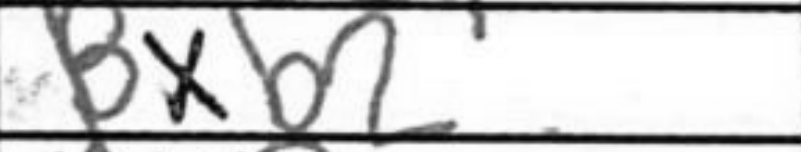
Transcription: Bxb2